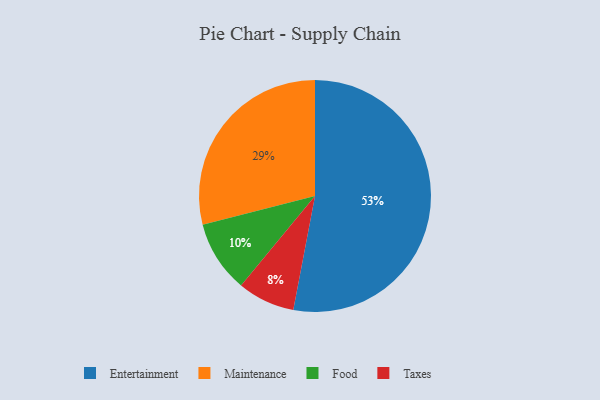
{"axis": {"x": "Category", "y": "Percentage"}, "legend": ["Entertainment", "Food", "Maintenance", "Taxes"], "data": [{"x": "Entertainment", "y": 53, "type": "Entertainment"}, {"x": "Maintenance", "y": 29, "type": "Maintenance"}, {"x": "Taxes", "y": 8, "type": "Taxes"}, {"x": "Food", "y": 10, "type": "Food"}]}